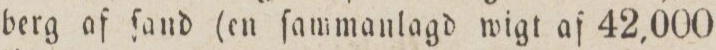
berg af ſand (en ſammanlagd wigt af 42,000